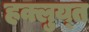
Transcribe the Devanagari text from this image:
हक्लुय्त